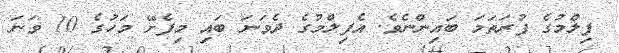
ފިލްމުގެ ފުރަތަމަ ބައިންނެވެ. އެފިލްމުގެ ދެވަނަ ބައި މިފެށޭ މަހުގެ 10 ވަނަ